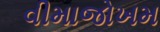
વીમાજોખમ